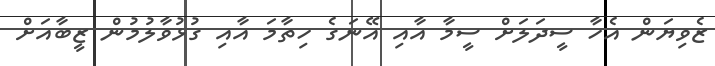
ޒެވިޔަން އެހާ ސީދަލަށް ސީމާ އާއި އޭނަގެ ހިތާމަ އާއި ގުޅުވާލުމުން ޒީބާއަށް